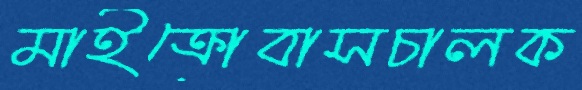
মাইক্রোবাসচালক